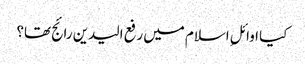
کیا اوائلِ اسلام میں‌ رفع الیدین رائج تھا؟